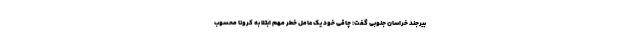
بیرجند خراسان جنوبی گفت: چاقی خود یک عامل خطر مهم ابتلا به کرونا محسوب